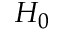
H _ { 0 }